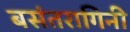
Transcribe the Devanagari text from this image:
बसंतरागिनी